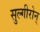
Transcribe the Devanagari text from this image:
सुल्गीरोन्